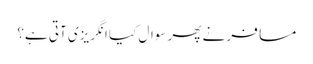
مسافر نے پھر سوال کیا انگریزی آتی ہے؟